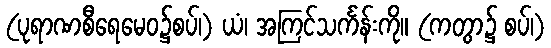
(ပုရာဏစီရေမေဝ၌စပ်၊) ယံ၊ အကြင်သင်္ကန်းကို။ (ကတွာ၌ စပ်၊)